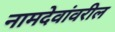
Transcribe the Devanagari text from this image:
नामदेवांवरील